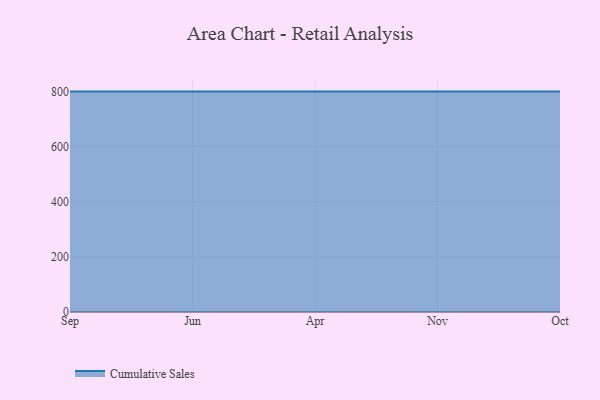
{"axis": {"x": "Month", "y": "Net Income (USD K)"}, "legend": ["Cumulative Sales"], "data": [{"x": "Sep", "y": 800, "type": "Cumulative Sales"}, {"x": "Jun", "y": 800, "type": "Cumulative Sales"}, {"x": "Apr", "y": 800, "type": "Cumulative Sales"}, {"x": "Nov", "y": 800, "type": "Cumulative Sales"}, {"x": "Oct", "y": 800, "type": "Cumulative Sales"}]}